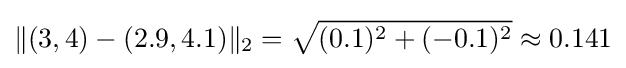
\|(3,4)-(2.9,4.1)\|_{2}={\sqrt {(0.1)^{2}+(-0.1)^{2}}}\approx 0.141